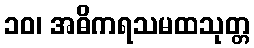
၁၀၊ အဓိကရသမထသုတ္တ